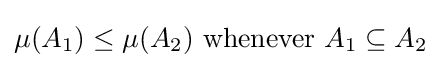
\mu (A_{1})\leq \mu (A_{2}){\text{ whenever }}A_{1}\subseteq A_{2}